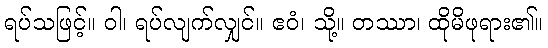
ရပ်သဖြင့်။ ဝါ၊ ရပ်လျက်လျှင်။ ဧဝံ၊ သို့။ တဿာ၊ ထိုမိဖုရား၏။